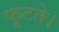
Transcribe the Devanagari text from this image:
फुटते।